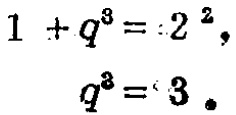
\[
\begin{align*}
1 + q^{3}&= 2^{2},\\
q^{3}&= 3 .
\end{align*}
\]